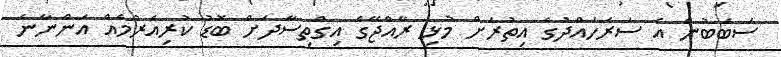
ސަބަބުން އެ ސަރަހައްދުގެ އިތުރަށް މުޅި ރާއްޖޭގެ އިގްތިސާދަށް ބޮޑު ކުރިއެރުމެއް އަންނާނެ